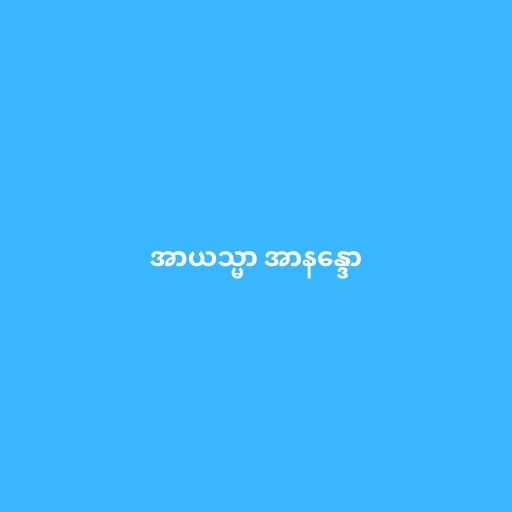
အာယသ္မာ အာနန္ဒော